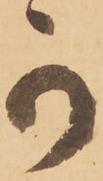
可